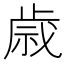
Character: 𫞓